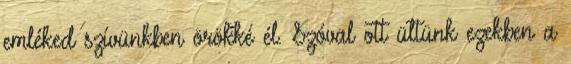
emléked szívünkben örökké él. Szóval ott ültünk ezekben a